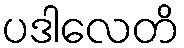
ပဒါလေတိ